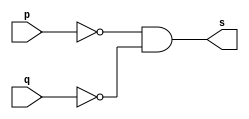
// ------------------------- 
// Exercicio05 - NOR 
// Nome: Luhan Mairinck 
// -------------------------
 
// ------------------------- 
// -- nor gate usando de Morgan
// ------------------------- 

module norgate ( output s, 
                input p, q); 

// propriedade de Morgan
assign s = (~p & ~q); 

endmodule // norgate 

// --------------------- 
// -- test nor gate 
// --------------------- 

module testnorgate; 

// ------------------------- dados locais 
reg a, b; // definir registradores 

wire s; // definir conexao (fio) 

// ------------------------- instancia 
norgate NOR1 (s, a, b); 

// ------------------------- preparacao 
initial begin:start 
// atribuicao simultanea 
// dos valores iniciais 
a=0; b=0; 
end 

// ------------------------- parte principal 
initial begin 
$display("Exercicio05 - Luhan Mairinck - 999999"); 
$display("NOR gate por de Morgan"); 
$display("\na & b = s\n"); 
a=0; b=0; 

$monitor("%b & %b = %b", a, b, s); 
#1 a=0; b=1; 

#1 a=1; b=0; 

#1 a=1; b=1; 

end 
endmodule // testnorgate